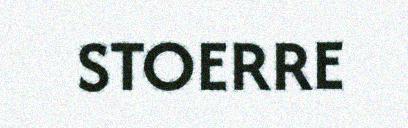
STOERRE